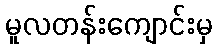
မူလတန်းကျောင်းမှ